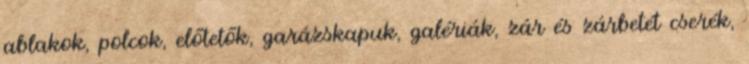
ablakok, polcok, előtetők, garázskapuk, galériák, zár és zárbetét cserék,